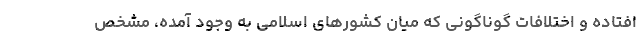
افتاده و اختلافات گوناگونی که میان کشورهای اسلامی به وجود آمده، مشخص